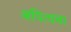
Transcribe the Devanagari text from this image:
अपित्वचा